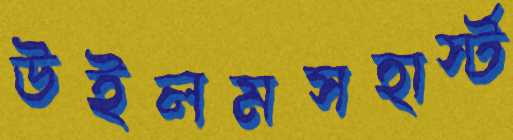
উইলমসহার্স্ট